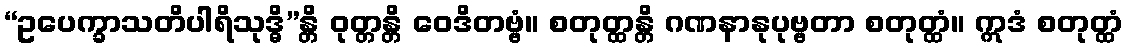
“ဥပေက္ခာသတိပါရိသုဒ္ဓိ”န္တိ ဝုတ္တန္တိ ဝေဒိတဗ္ဗံ။ စတုတ္ထန္တိ ဂဏနာနုပုဗ္ဗတာ စတုတ္ထံ။ ဣဒံ စတုတ္ထံ